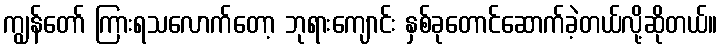
ကျွန်တော် ကြားရသလောက်တော့ ဘုရားကျောင်း နှစ်ခုတောင်ဆောက်ခဲ့တယ်လို့ဆိုတယ်။